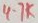
Text: 4.1K